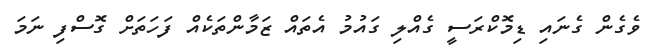
ވެގެން ގެނައި ޑިމޮކްރަސީ ގެއްލި ގައުމު އެތައް ޒަމާންތަކެއް ފަހަތަށް ގޮސްފި ނަމަ